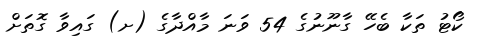
ކޯޓު ތަކާ ބެހޭ ގާނޫނުގެ 54 ވަނަ މާއްދާގެ (ށ) ގައިވާ ގޮތަށް